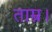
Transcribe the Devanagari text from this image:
ताम्र।